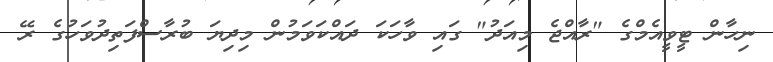
ނިހާން ޓީވީއެމްގެ "ރާއްޖެ މިއަދު" ގައި ވާހަކަ ދައްކަވަމުން މިދިޔަ ބުރާސްފަތިދުވަހުގެ ރޭ